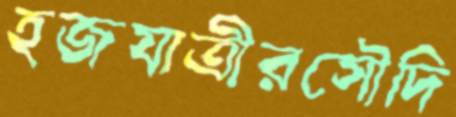
হজযাত্রীরসৌদি